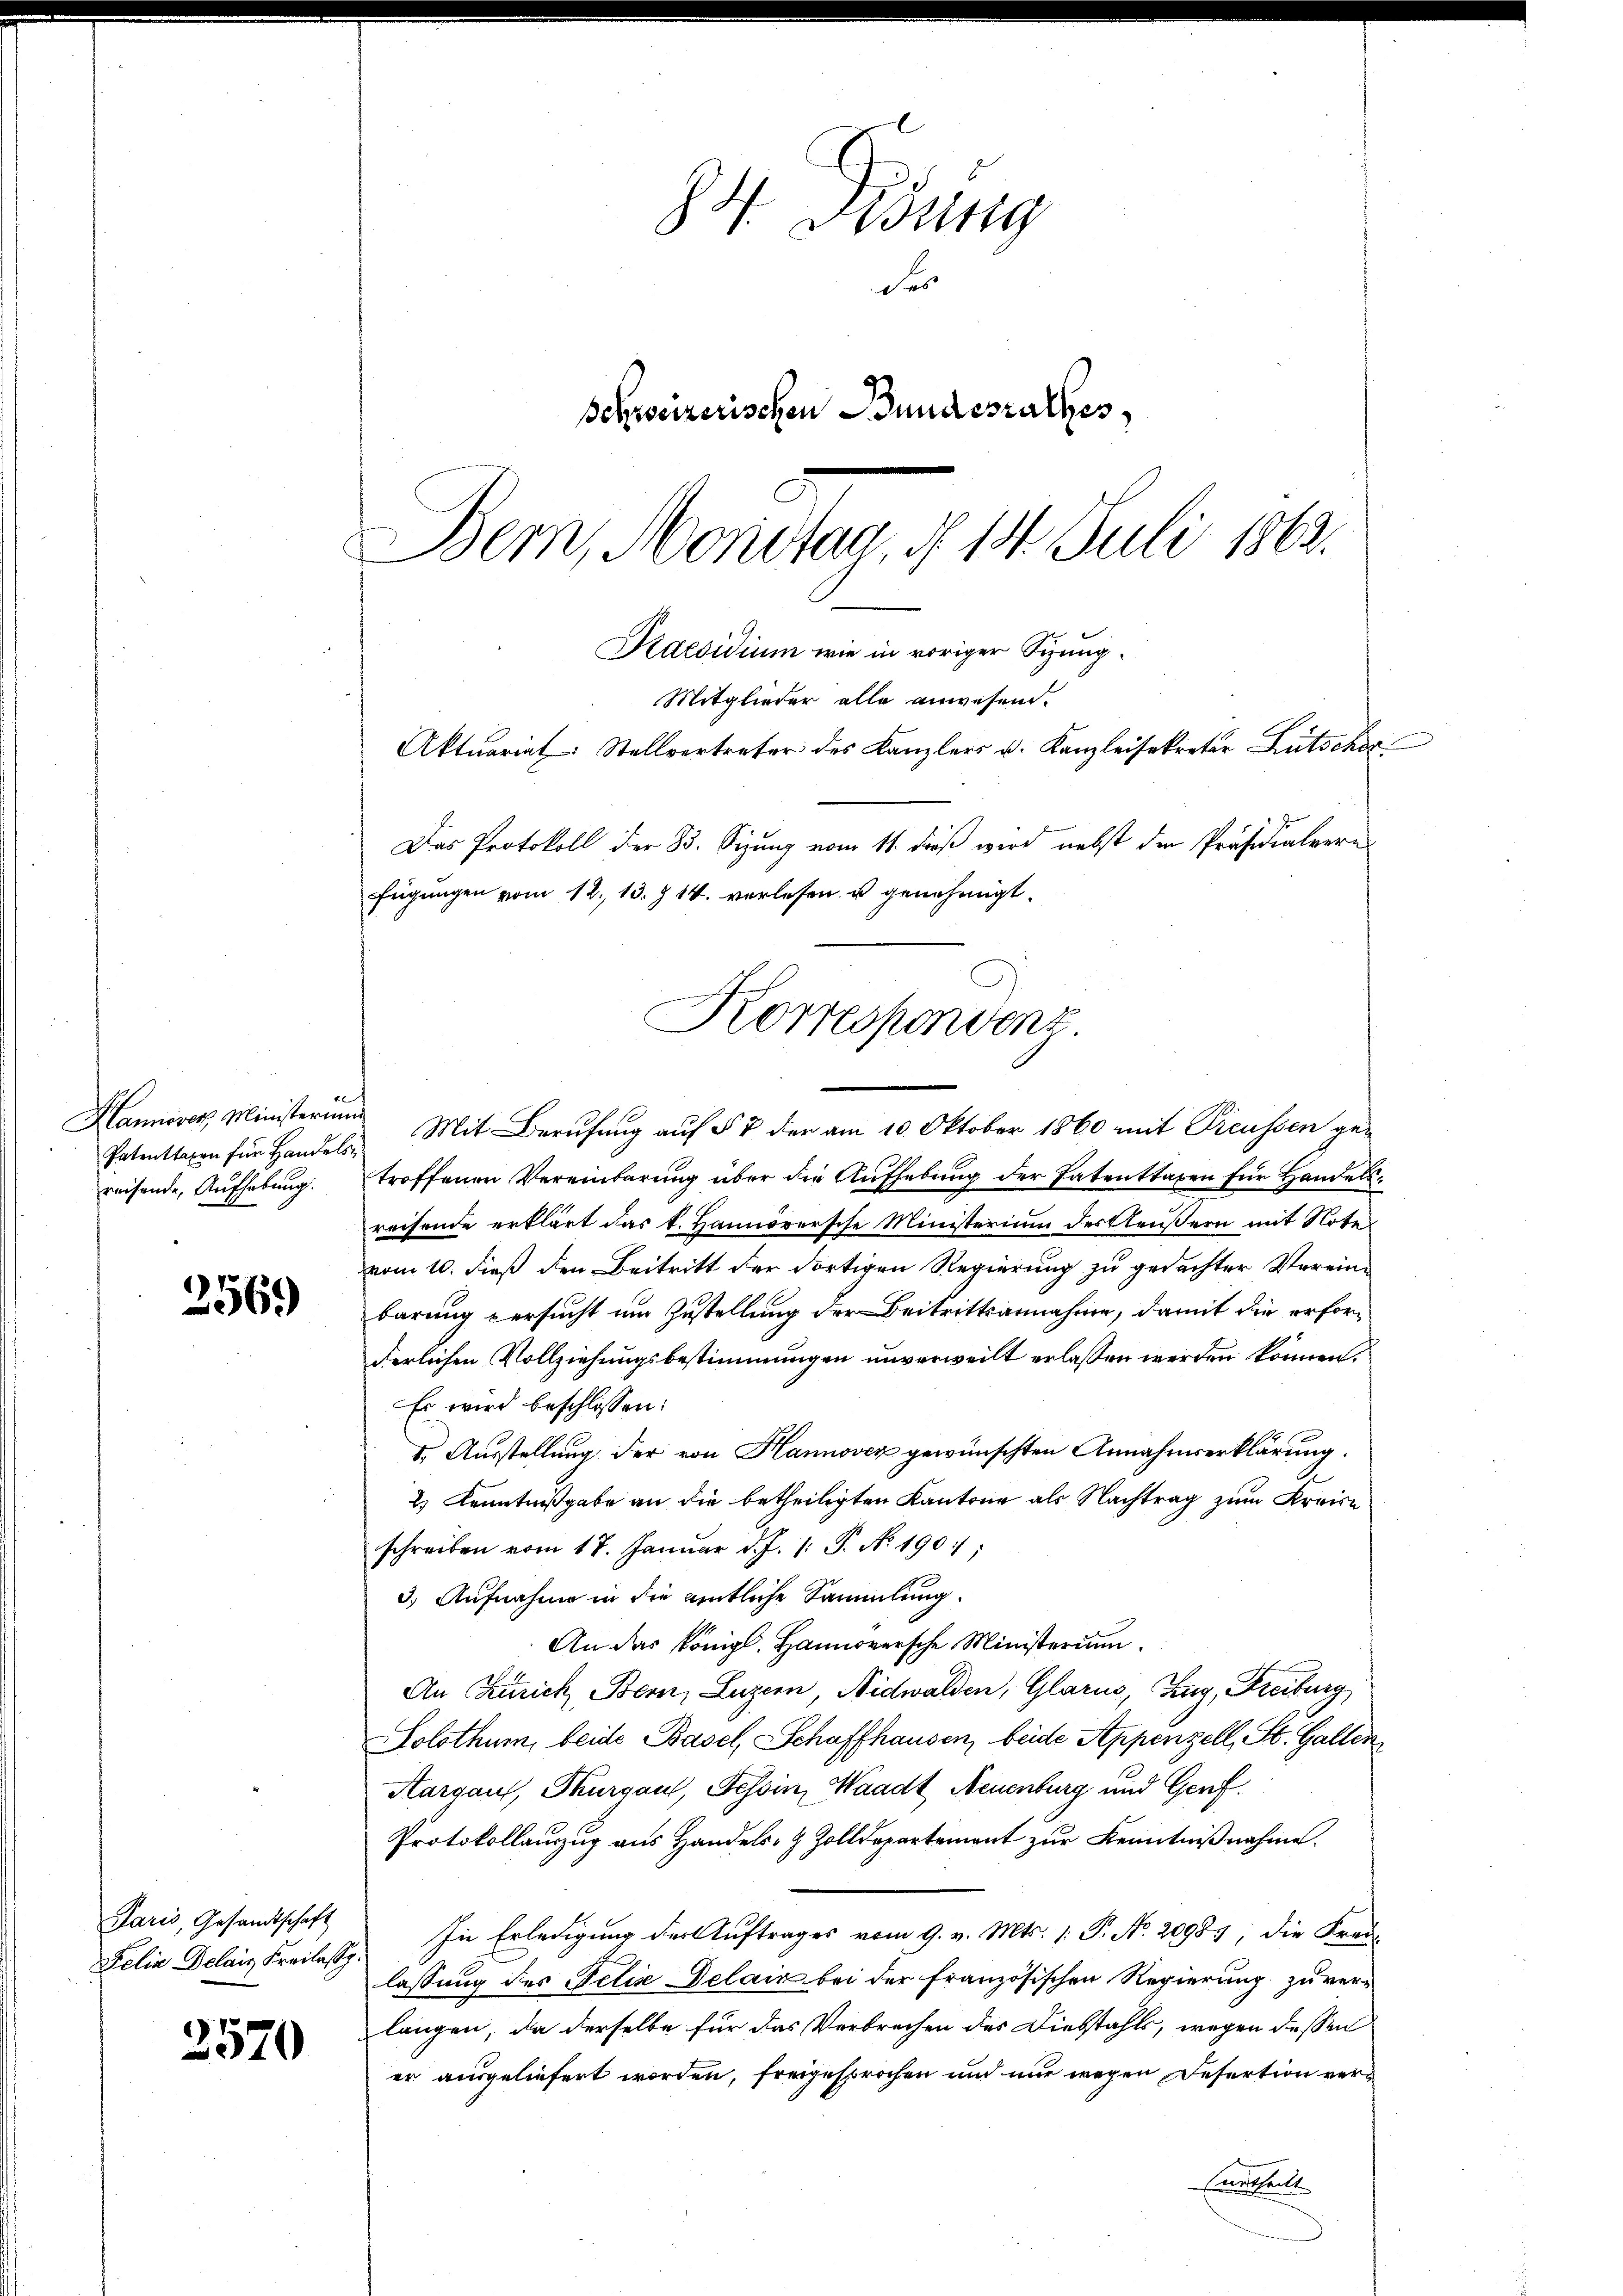
Hannover Ministerium
Patenttaxen für Handelsreisende, Aufhebung.

256.)

Paris, Gesandtschaft
Felix Delais Freilass.

3570

H. König
Fes
Schweizerischen Bundesrathes,
Bern, Montag, § 14. Juli 1863.

Kaesidium wie in voriger Syung¬
Mitglieder alle anwesend.
Aktuariat Stellvertreter des Kanzlers u. Kanzleisekretär Lütschr
Das Protokoll der B. Sizung vom 11. dieß wird nebst der Präsidialvere
fügungen vom 12. 13. J 14. verlesen u genehmigt.
Korrespondenz

Mit Berufung auf § 7 der am 10. Oktober 1860 mit Preussen ge-
troffenen Vereinbarung über die Aufhebung der Patenttaxen für Handelsreisende erklärt das k. Hannoversche Ministerium des Aeußern mit Noter
vom 10. dieß den Beitritt der dortigen Regierung zu gedachter Vereinbarung versucht um Zustellung der Beitrittsannahme, damit die erforderlichen Vollziehungsbestimmungen unverweilt erlassen werden können.
Es wird beschlossen:
I. Ausstellung der von Hannover gewünschten Annahmserklärung.
2) Kenntnißgabe an die betheiligten Kantone als Nachtrag zum Kreise
schreiben vom 17. Januar d. J. 1: P. No 190);
3.) Aufnahme in die amtliche Sammlung.
An das Königl. Hannoversche Ministerium.
An Zürich, Bern, Luzern, Nidwalden, Glarus, Zug, Freiburg
Solothum, beide Basel, Schaffhausen, beide Appenzell, St. Gallen,
Aargau, Thurgau, Tessin, Waadt Neuenburg und Gerf
Protokollanzug aus Handels- & Zolldepartement zur Kenntnißnahme.
In Erledigung der Auftrages vom 9. v. Mts. 1. P. No. 20987, die Fraulassung des Felix Delain bei der französischen Regierung zu verlangen, da derselbe für das Verbrechen des Diebstahls, wegen dessen
er ausgeliefert worden, freigesprochen und nur wegen Refertion ver¬
Eintheilt